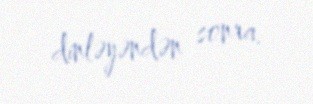
dinləyəndən sonra.